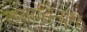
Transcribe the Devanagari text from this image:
ख्यातिनाम